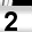
Digit: 2